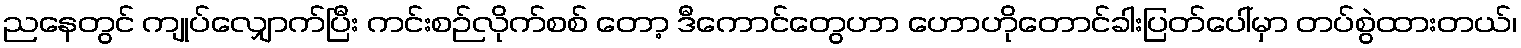
ညနေတွင် ကျုပ်လျှောက်ပြီး ကင်းစဉ်လိုက်စစ် တော့ ဒီကောင်တွေဟာ ဟောဟိုတောင်ခါးပြတ်ပေါ်မှာ တပ်စွဲထားတယ်၊